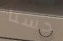
حسنا